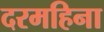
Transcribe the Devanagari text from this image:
दरमहिना